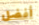
أفضل